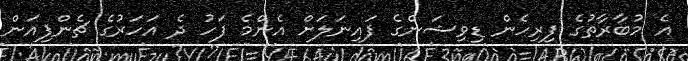
އެ މުބާރާތުގެ ފިރިހެން ޑިވިޝަންގެ ފައިނަލަށް އެންމެ ފަހު ދެ އަހަރުގެ ޗެންޕިއަން